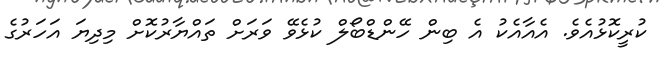
ކުރީކޮޅުއެވެ. އެއާއެކު އެ ބިން ހޭންޑްބޯލް ކުޅެވޭ ވަރަށް ތައްޔާރުކޮށް މިދިޔަ އަހަރުގެ